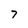
Character: 7